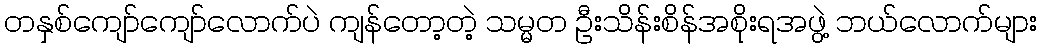
တနှစ်ကျော်ကျော်လောက်ပဲ ကျန်တော့တဲ့ သမ္မတ ဦးသိန်းစိန်အစိုးရအဖွဲ့ ဘယ်လောက်များ